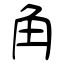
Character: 角